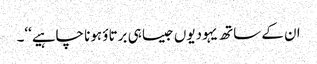
ان کے ساتھ یہودیوں جیسا ہی برتاؤ ہونا چاہیے‘‘۔